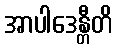
အာပါဒေန္တီတိ